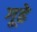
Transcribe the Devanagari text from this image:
गूढे